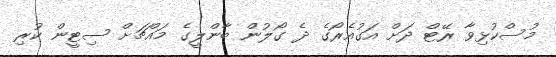
މުސްކުޅިވާ ރޭޓް ދަށް އަގުއެރޯގެ ދެ ގޯލުން ބާންލީގެ މައްޗަށް ސިޓީން ކުރި